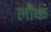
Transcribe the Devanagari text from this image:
लौक